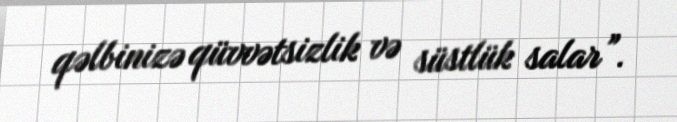
qəlbinizə qüvvətsizlik və süstlük salar”.